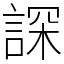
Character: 𧨾